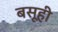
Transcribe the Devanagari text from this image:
बसूही